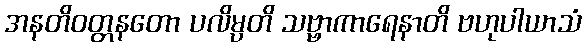
အနတိဝတ္တနတော ပလိမ္ပတိ သဗ္ဗာကာရေနာတိ ဗဟုပါယာသံ